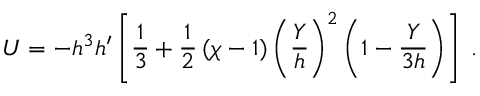
U = - h ^ { 3 } h ^ { \prime } \left[ \frac { 1 } { 3 } + \frac { 1 } { 2 } \, ( \chi - 1 ) \left( \frac { Y } { h } \right) ^ { 2 } \left( 1 - \frac { Y } { 3 h } \right) \right] \; .